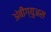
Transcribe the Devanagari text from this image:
अंबीग्युअस